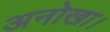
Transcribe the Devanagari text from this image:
अनोखा।